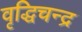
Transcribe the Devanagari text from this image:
वृद्धिचन्द्र